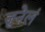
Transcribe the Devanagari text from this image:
जुनेलं